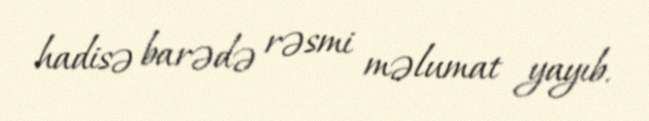
hadisə barədə rəsmi məlumat yayıb.